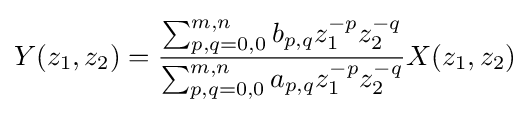
Y(z_{1},z_{2})={\sum _{p,q=0,0}^{m,n}b_{p,q}z_{1}^{-p}z_{2}^{-q} \over \sum _{p,q=0,0}^{m,n}a_{p,q}z_{1}^{-p}z_{2}^{-q}}X(z_{1},z_{2})